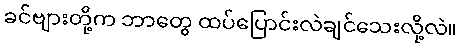
ခင်ဗျားတို့က ဘာတွေ ထပ်ပြောင်းလဲချင်သေးလို့လဲ။